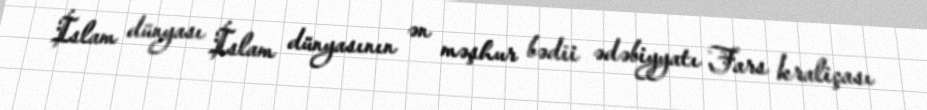
İslam dünyası İslam dünyasının ən məşhur bədii ədəbiyyatı Fars kraliçası